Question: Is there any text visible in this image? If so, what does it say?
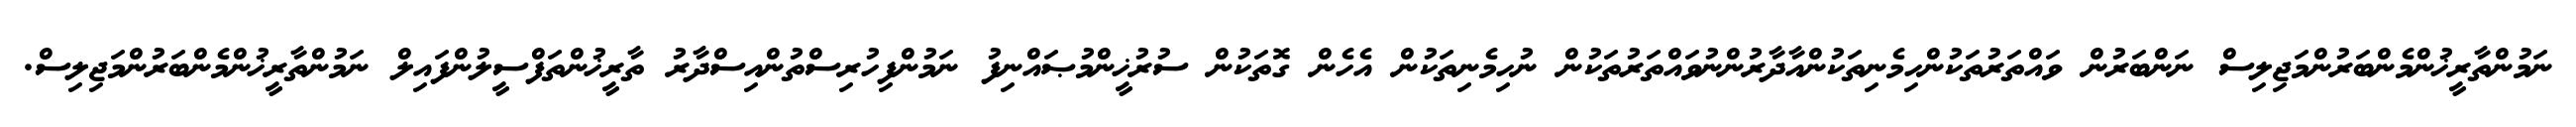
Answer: ނަމުންތާރީޚުންމެންބަރުންމަޖިލިސް ނަންބަރުން ވައްތަރުތަކުންހިމެނިތަކުންއާދާރުންނުވައްތަރުތަކުން ނުހިމެނިތަކުން އެހެން ގޮތަކުން ސުރުޚީންމުޞައްނިފު ނަމުންފިހުރިސްތުންއިސްދާރު ތާރީޚުންތަފްސީލުންފައިލް ނަމުންތާރީޚުންމެންބަރުންމަޖިލިސް.